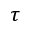
\tau